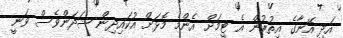
އަދި އޭނާގެ އިތުރުން އެ ޓީމަށް އެންމެ މޮޅަށް އުކައިދިން ޝަދަންވެސް ވަނީ